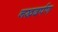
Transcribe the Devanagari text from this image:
नखदर्पण